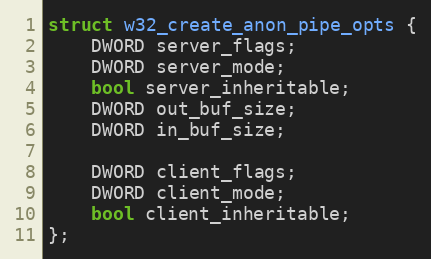
Language: C
struct w32_create_anon_pipe_opts {
    DWORD server_flags;
    DWORD server_mode;
    bool server_inheritable;
    DWORD out_buf_size;
    DWORD in_buf_size;

    DWORD client_flags;
    DWORD client_mode;
    bool client_inheritable;
};